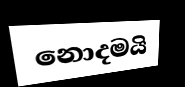
නොදමයි